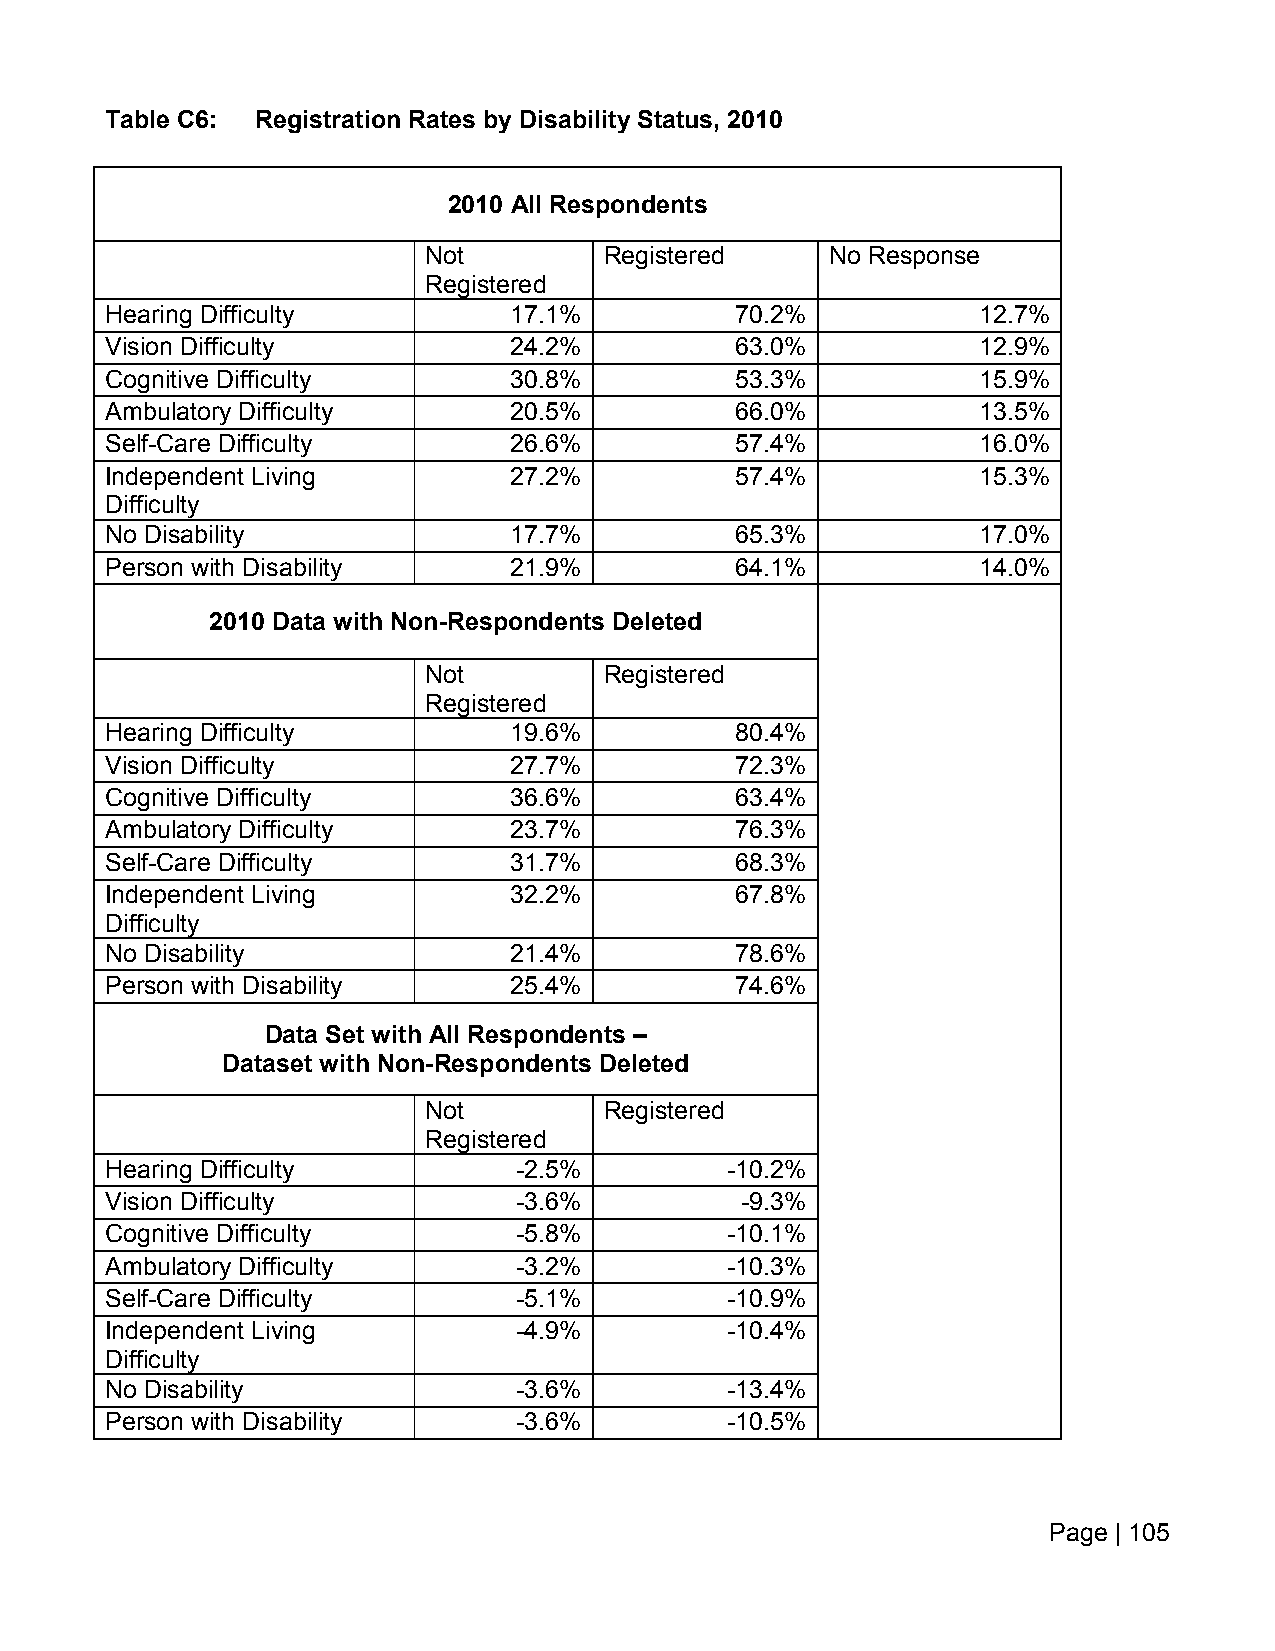
Table C6: Registration Rates by Disability Status, 2010
 2010 All Respondents
 Not         Registered     No Response
 Registered
 Hearing Difficulty         17.1%          70.2%           12.7%
 Vision Difficulty          24.2%          63.0%           12.9%
 Cognitive Difficulty       30.8%          53.3%           15.9%
 Ambulatory Difficulty      20.5%          66.0%           13.5%
 Self-Care Difficulty       26.6%          57.4%           16.0%
 Independent Living         27.2%          57.4%           15.3%
 Difficulty
 No Disability              17.7%          65.3%           17.0%
 Person with Disability     21.9%          64.1%           14.0%
 2010 Data with Non-Respondents Deleted
 Not         Registered
 Registered
 Hearing Difficulty         19.6%          80.4%
 Vision Difficulty          27.7%          72.3%
 Cognitive Difficulty       36.6%          63.4%
 Ambulatory Difficulty      23.7%          76.3%
 Self-Care Difficulty       31.7%          68.3%
 Independent Living         32.2%          67.8%
 Difficulty
 No Disability              21.4%          78.6%
 Person with Disability     25.4%          74.6%
 Data Set with All Respondents –
 Dataset with Non-Respondents Deleted
 Not         Registered
 Registered
 Hearing Difficulty         -2.5%         -10.2%
 Vision Difficulty          -3.6%          -9.3%
 Cognitive Difficulty       -5.8%         -10.1%
 Ambulatory Difficulty      -3.2%         -10.3%
 Self-Care Difficulty       -5.1%         -10.9%
 Independent Living         -4.9%         -10.4%
 Difficulty
 No Disability              -3.6%         -13.4%
 Person with Disability     -3.6%         -10.5%
 Page | 105